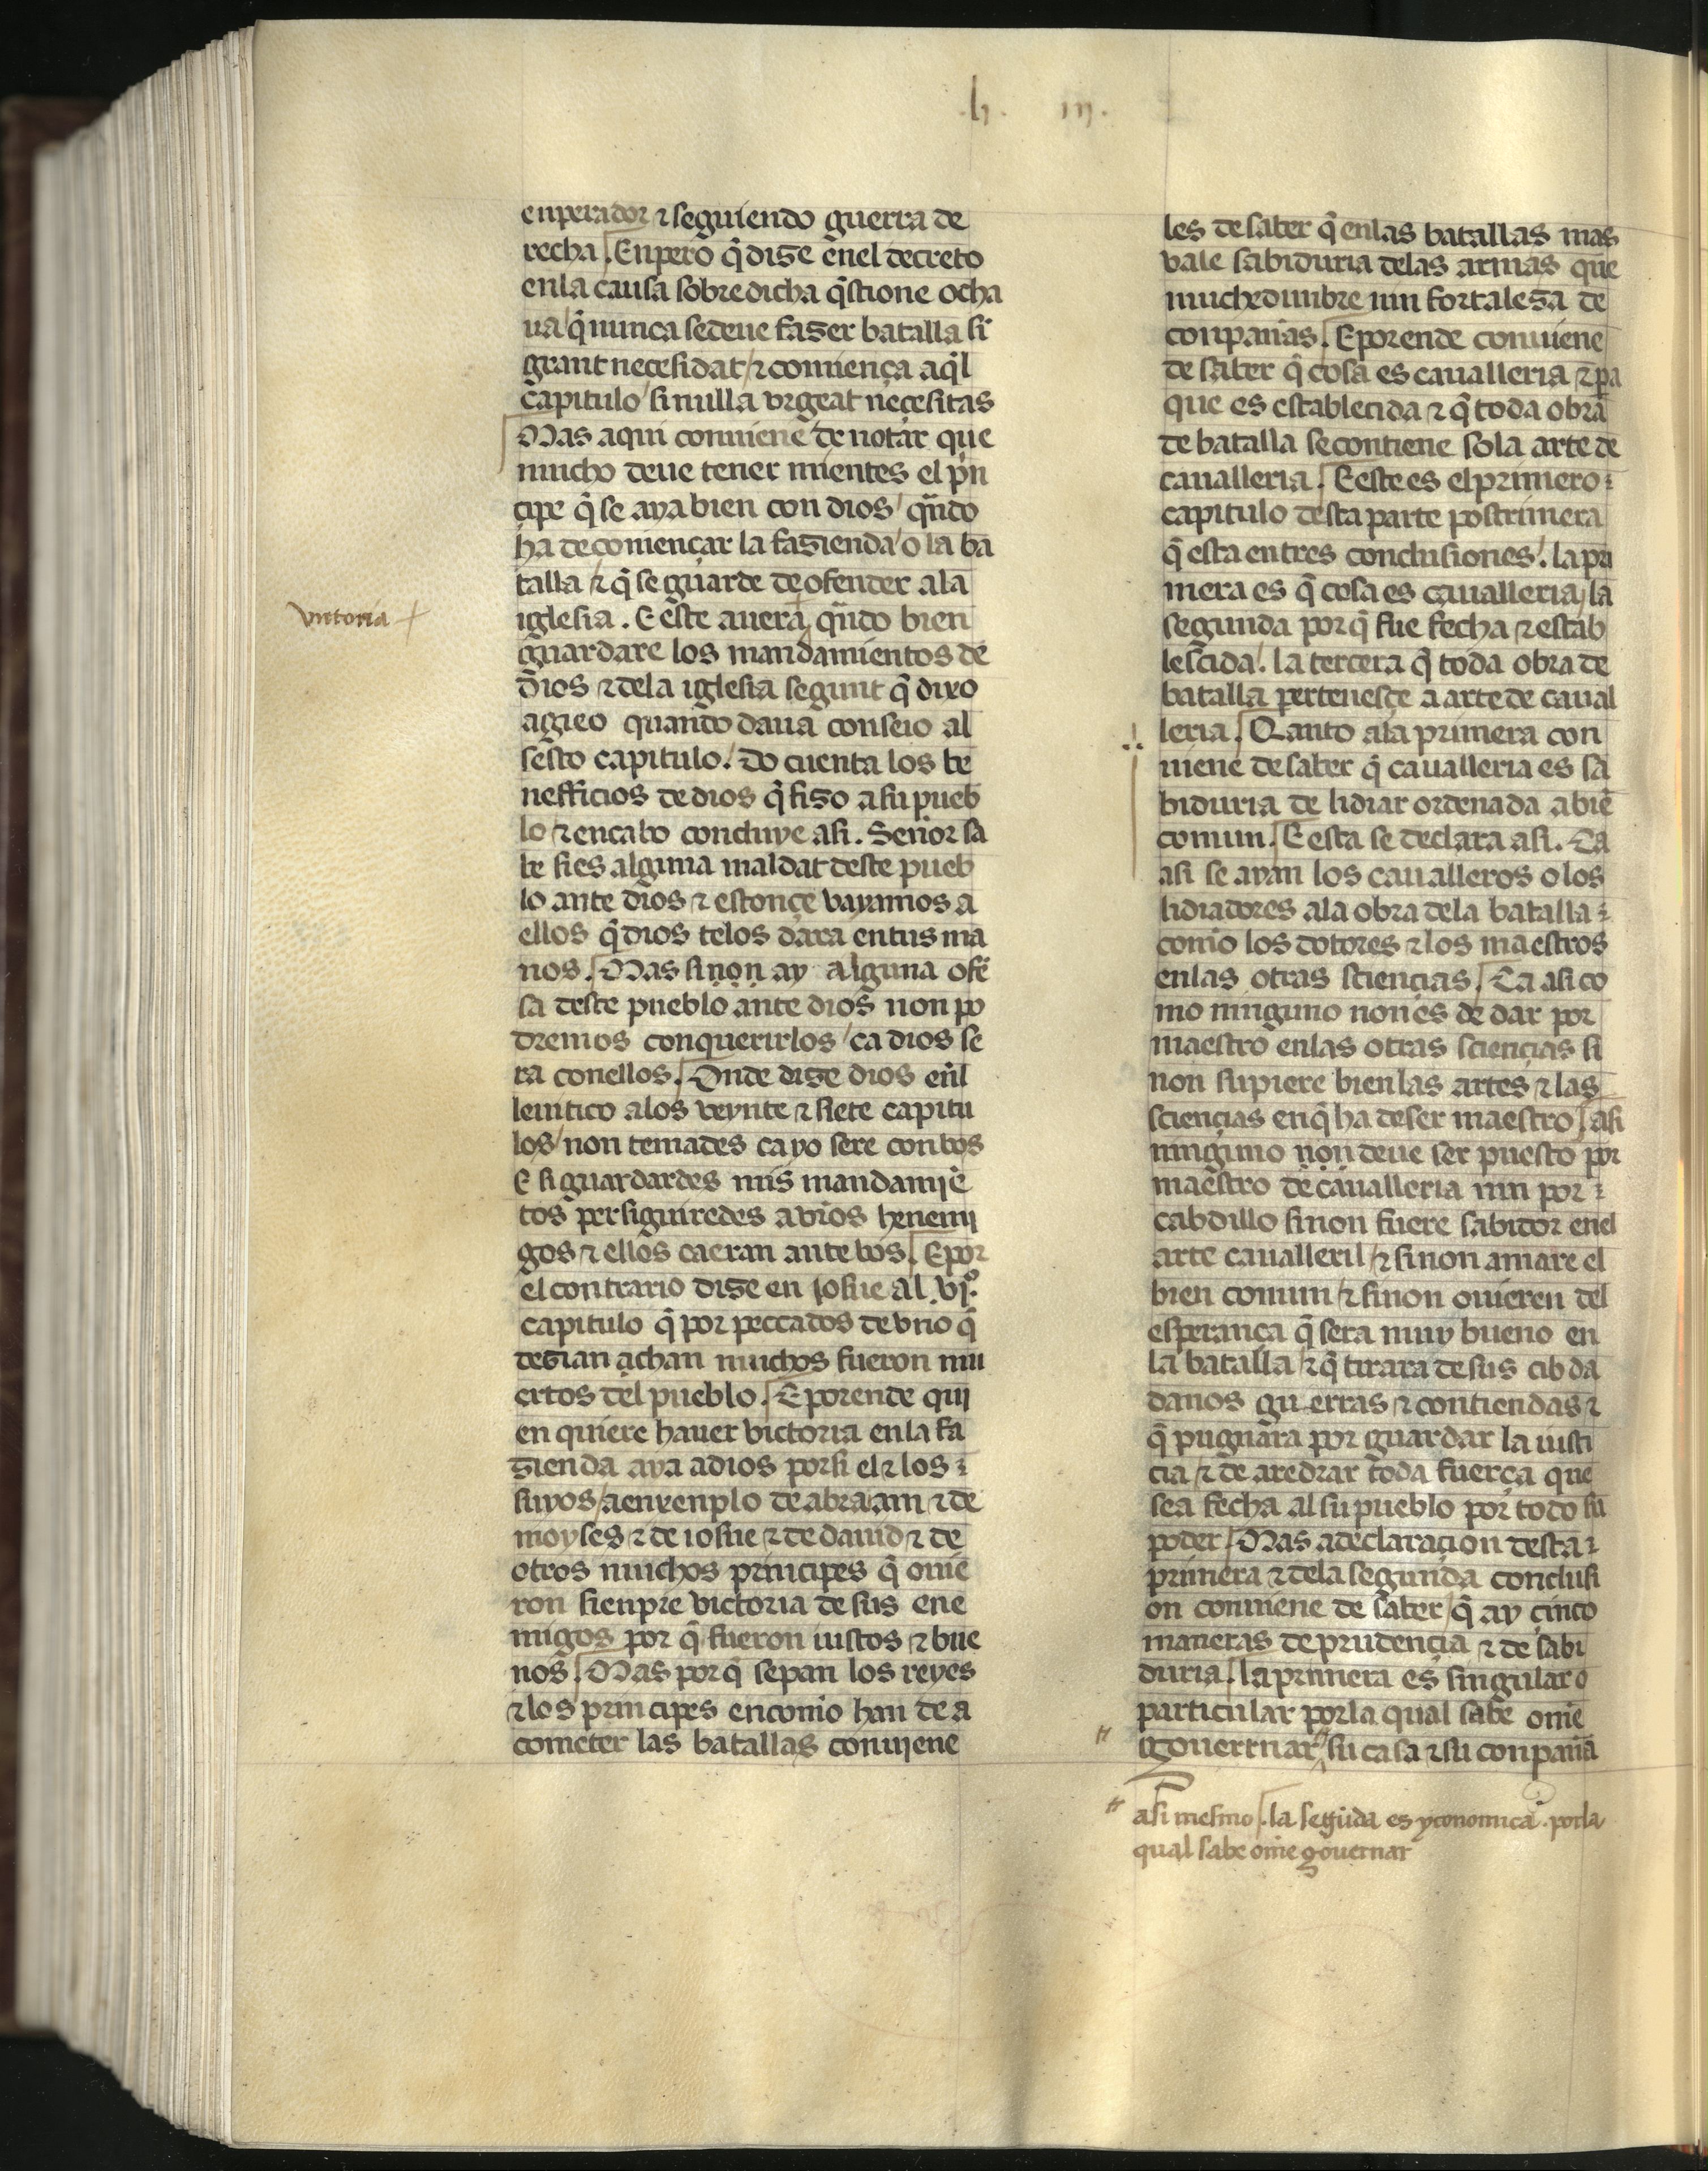
Shelfmark: Madrid, Fundación Lázaro Galdiano, mss 289
Century: 15